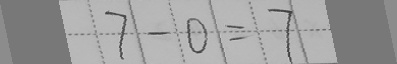
7 - 0 = 7